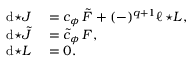
\begin{array} { r l } { \mathrm { d } { \star J } } & { { } = c _ { \phi } \, \tilde { F } + ( - ) ^ { q + 1 } \ell \, { \star L } , } \\ { \mathrm { d } { \star \tilde { J } } } & { { } = \tilde { c } _ { \phi } \, F , } \\ { \mathrm { d } { \star L } } & { { } = 0 . } \end{array}